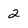
Character: 2